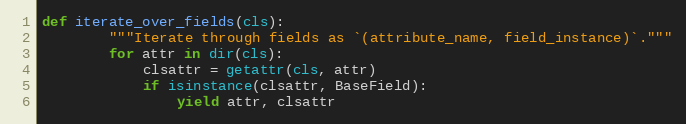
Language: Python
def iterate_over_fields(cls):
        """Iterate through fields as `(attribute_name, field_instance)`."""
        for attr in dir(cls):
            clsattr = getattr(cls, attr)
            if isinstance(clsattr, BaseField):
                yield attr, clsattr